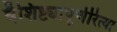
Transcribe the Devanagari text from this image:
वैशिष्ट्यापूर्णरित्या